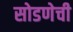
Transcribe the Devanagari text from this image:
सोडणेची